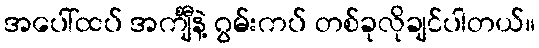
အပေါ်ထပ် အင်္ကျီနဲ့ ဂွမ်းကပ် တစ်ခုလိုချင်ပါတယ်။